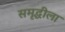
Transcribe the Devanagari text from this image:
समृद्धीला